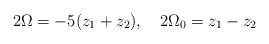
\begin{align*}2\Omega=-5(z_1+z_2),\quad 2\Omega_0=z_1-z_2\end{align*}